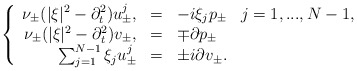
\begin{align*} \left\{\begin{array}{rcll}\nu_\pm (|\xi|^2 - \partial_t^2) u_\pm^j, & = & -i \xi_j p_\pm & j = 1,...,N-1, \\\nu_\pm (|\xi|^2 - \partial_t^2) v_\pm, & = & \mp \partial p_\pm & \\\sum_{j=1}^{N-1} \xi_j u_\pm^j & = & \pm i \partial v_\pm.\end{array}\right.\end{align*}